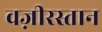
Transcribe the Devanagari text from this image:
वज़ीरस्तान